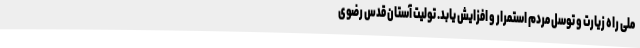
ملی راه زیارت و توسل مردم استمرار و افزایش یابد. تولیت آستان قدس رضوی